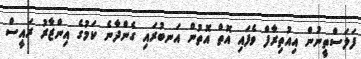
ފަލަސްތީނުން އިއުތިރާފް ވެފައި އޮތް އޮތުން އަނބުރައި ގެންދާނެ ކަމުގެ އިންޒާރު ރައީސް